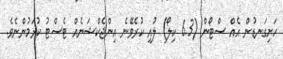
ހަށިގަނޑުން އެއް ސްޓޯން (6.3 ކިލޯ) ލުއި ކުރެވޭނެ އިންޖެކްޝަނެއް ޓެސްޓު ކުރަމުންނެވެ.